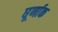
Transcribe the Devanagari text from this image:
घूर्णाक